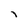
Character: i